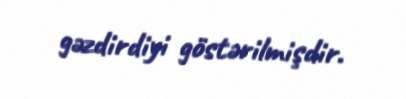
gəzdirdiyi göstərilmişdir.